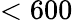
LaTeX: <600